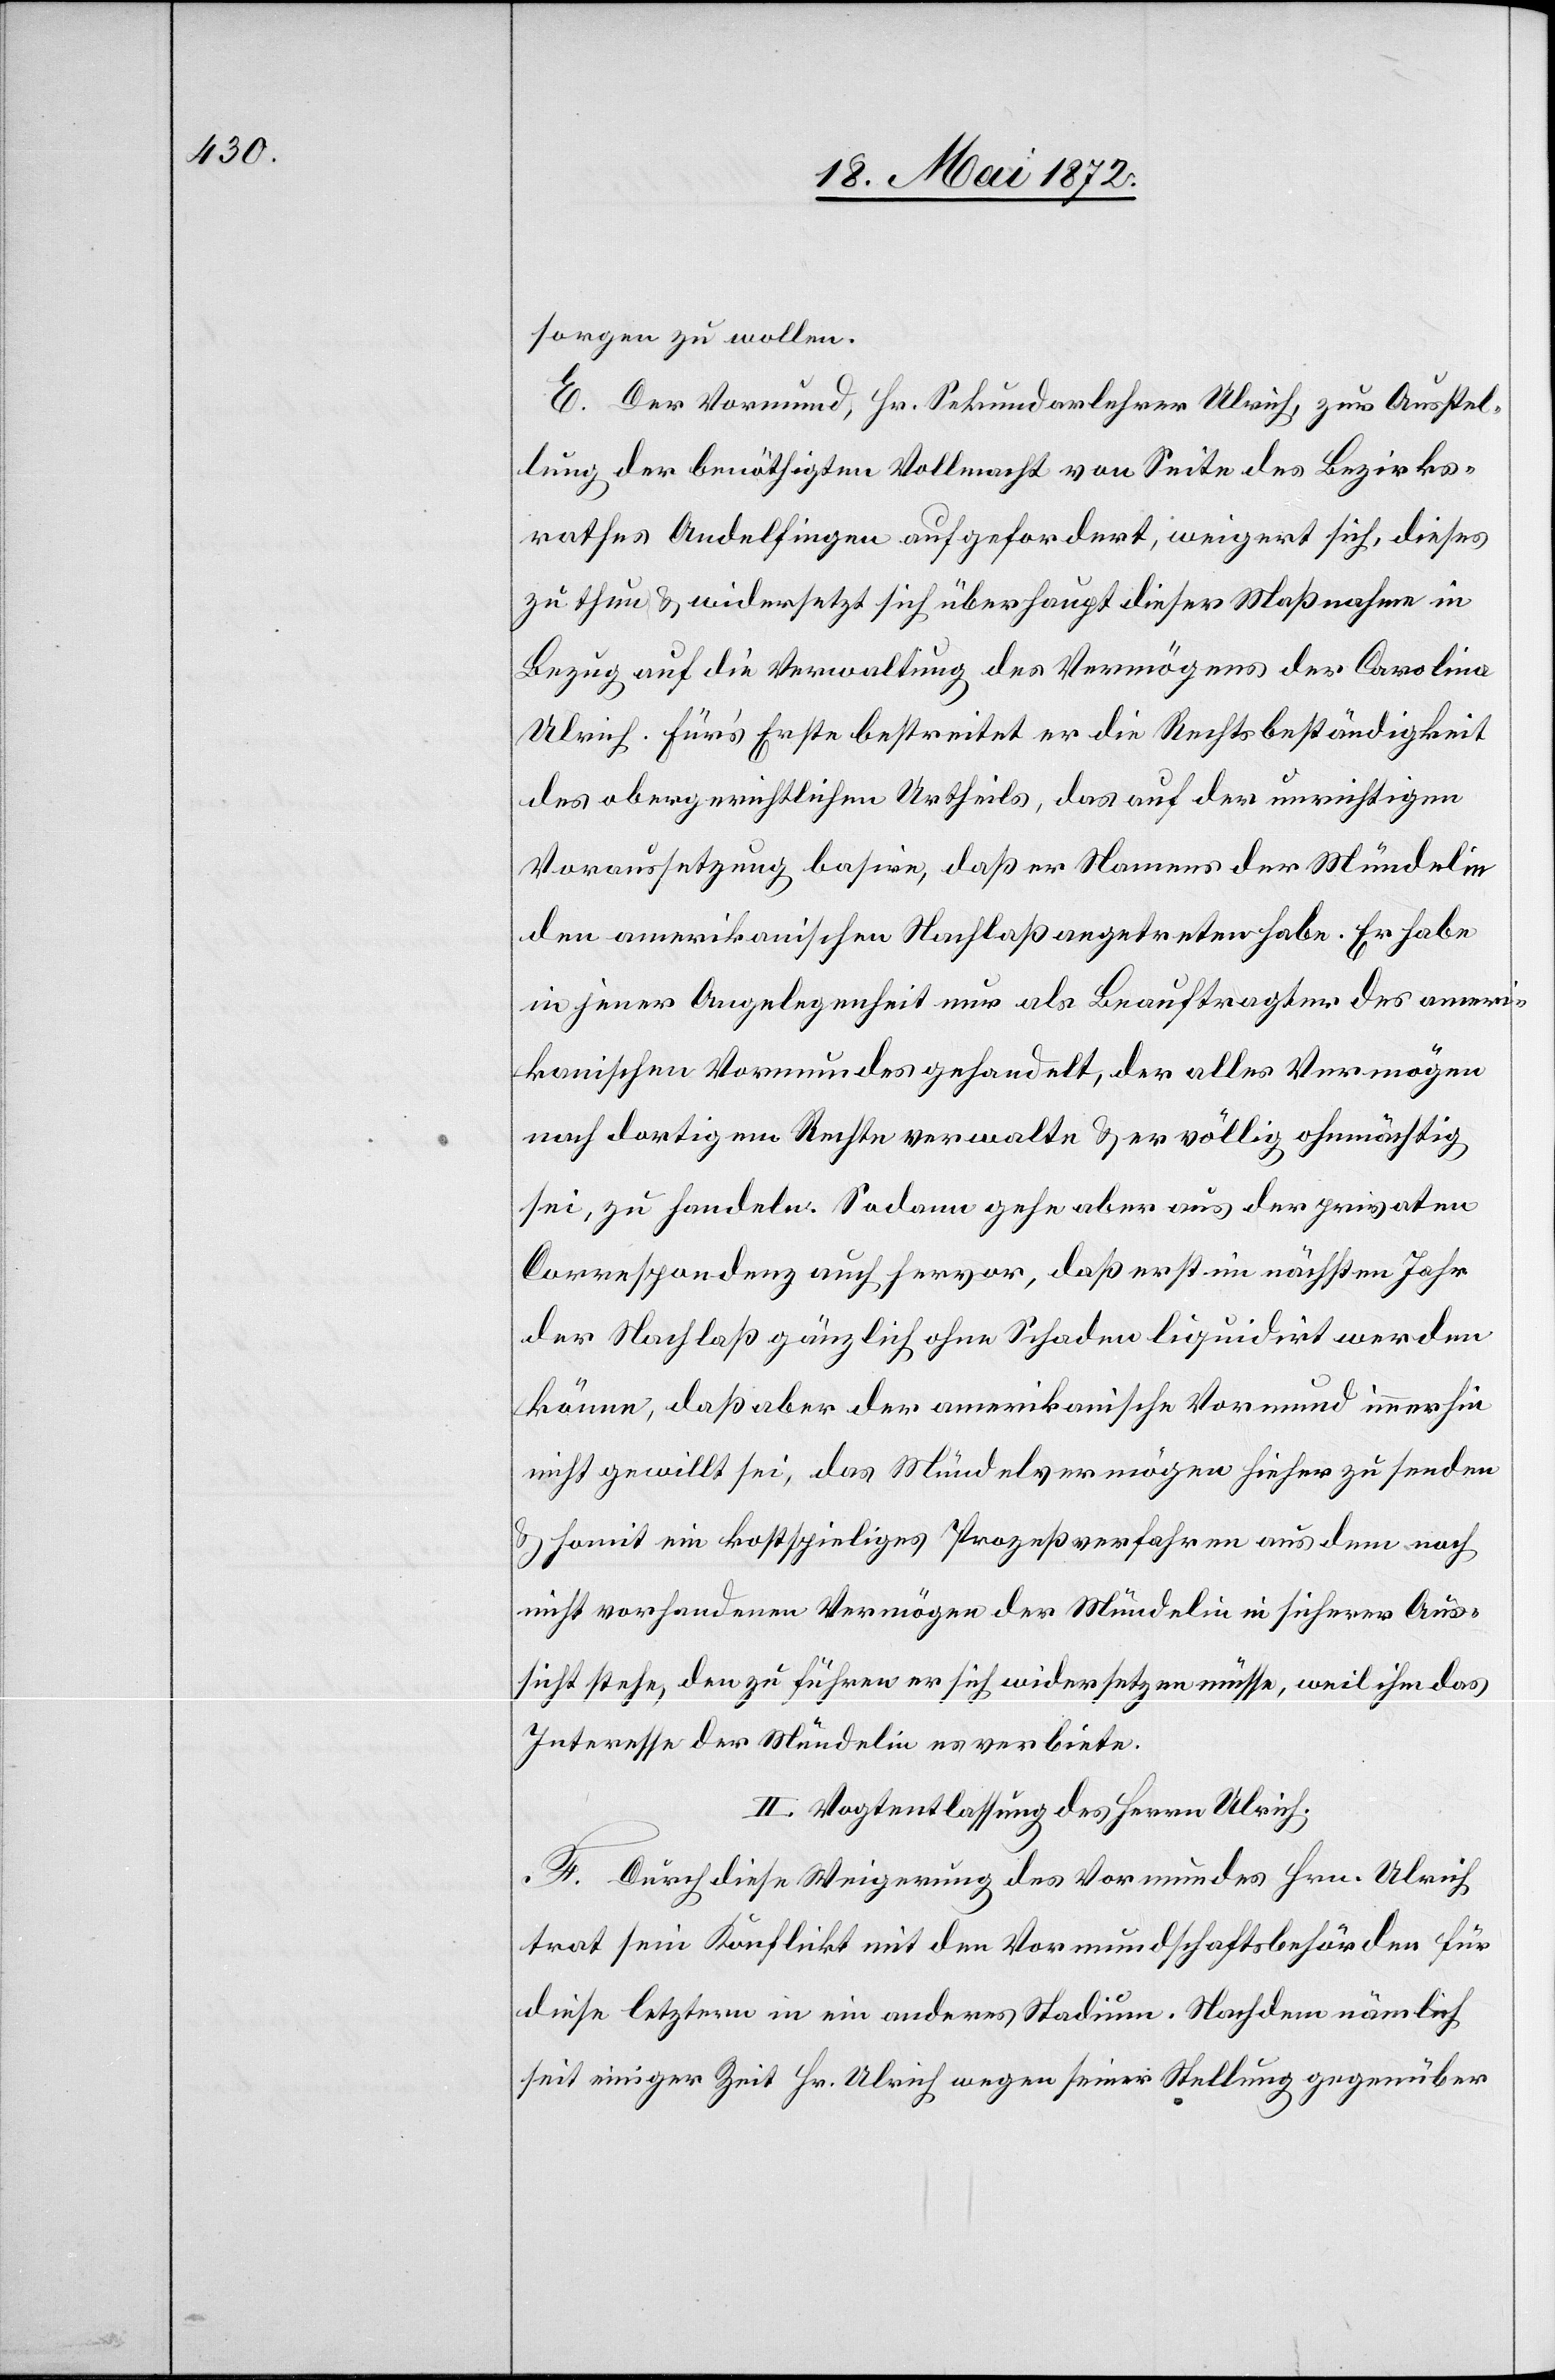
sorgen zu wollen.
E. Der Vormund, Hr. Sekundarlehrer Ulrich, zur Ausstel¬
lung der benöthigten Vollmacht von Seite des Bezirks¬
rathes Andelfingen aufgefordert, weigert sich, dieses
zu thun u. widersetzt sich überhaupt dieser Maßnahme in
Bezug auf die Verwaltung des Vermögens der Carolina
Ulrich. Für’s Erste bestreitet er die Rechtsbeständigkeit
des obergerichtlichen Urtheils, das auf der unrichtigen
Voraussetzung besire, daß er Namens der Mündelin
den amerikanischen Nachlaß angetreten habe. Er habe
in jener Angelegenheit nur als Beauftragter des ameri¬
kanischen Vormundes gehandelt, der alles Vermögen
nach dortigem Rechte verwalte u. er völlig ohnmächtig
sei, zu handeln. Sodann gehe aber aus der privaten
Correspondenz auch hervor, daß erst im nächsten Jahr
der Nachlaß gänzlich ohne Schaden liquidirt werden
könne, daß aber der amerikanische Vormund immerhin
nach gewillt sei, das Mündelvermögen hieher zu senden
u. somit ein kostspieliges Prozeßverfahren aus dem noch
nicht vorhandenen Vermögen der Mündelin in sicherer Aus¬
sicht stehe, den zu führen er sich widersetzen müsse, weil ihm das
Interesse der Mündelin es verbiete.
II. Vogtentlassung des Herrn Ulrich.
F. Durch diese Weigerung des Vormundes Hrn. Ulrich
trat sein Konflikt mit den Vormundschaftsbehörden für
diese letztern in ein anderes Stadium. Nachdem nämlich
seit einiger Zeit Hr. Ulrich wegen seiner Stellung gegenüber